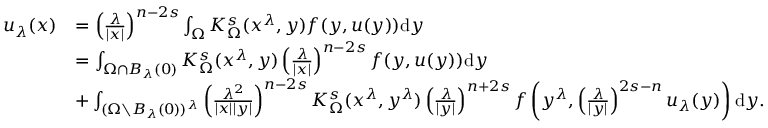
\begin{array} { r l } { u _ { \lambda } ( x ) } & { = \left( \frac { \lambda } { | x | } \right) ^ { n - 2 s } \int _ { \Omega } K _ { \Omega } ^ { s } ( x ^ { \lambda } , y ) f ( y , u ( y ) ) \mathrm d y } \\ & { = \int _ { \Omega \cap B _ { \lambda } ( 0 ) } K _ { \Omega } ^ { s } ( x ^ { \lambda } , y ) \left( \frac { \lambda } { | x | } \right) ^ { n - 2 s } f ( y , u ( y ) ) \mathrm d y } \\ & { + \int _ { ( \Omega \setminus B _ { \lambda } ( 0 ) ) ^ { \lambda } } \left( \frac { \lambda ^ { 2 } } { | x | | y | } \right) ^ { n - 2 s } K _ { \Omega } ^ { s } ( x ^ { \lambda } , y ^ { \lambda } ) \left( \frac { \lambda } { | y | } \right) ^ { n + 2 s } f \left( y ^ { \lambda } , \left( \frac { \lambda } { | y | } \right) ^ { 2 s - n } u _ { \lambda } ( y ) \right) \mathrm d y . } \end{array}